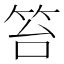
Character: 笞